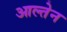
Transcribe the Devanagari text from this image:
आल्तेन